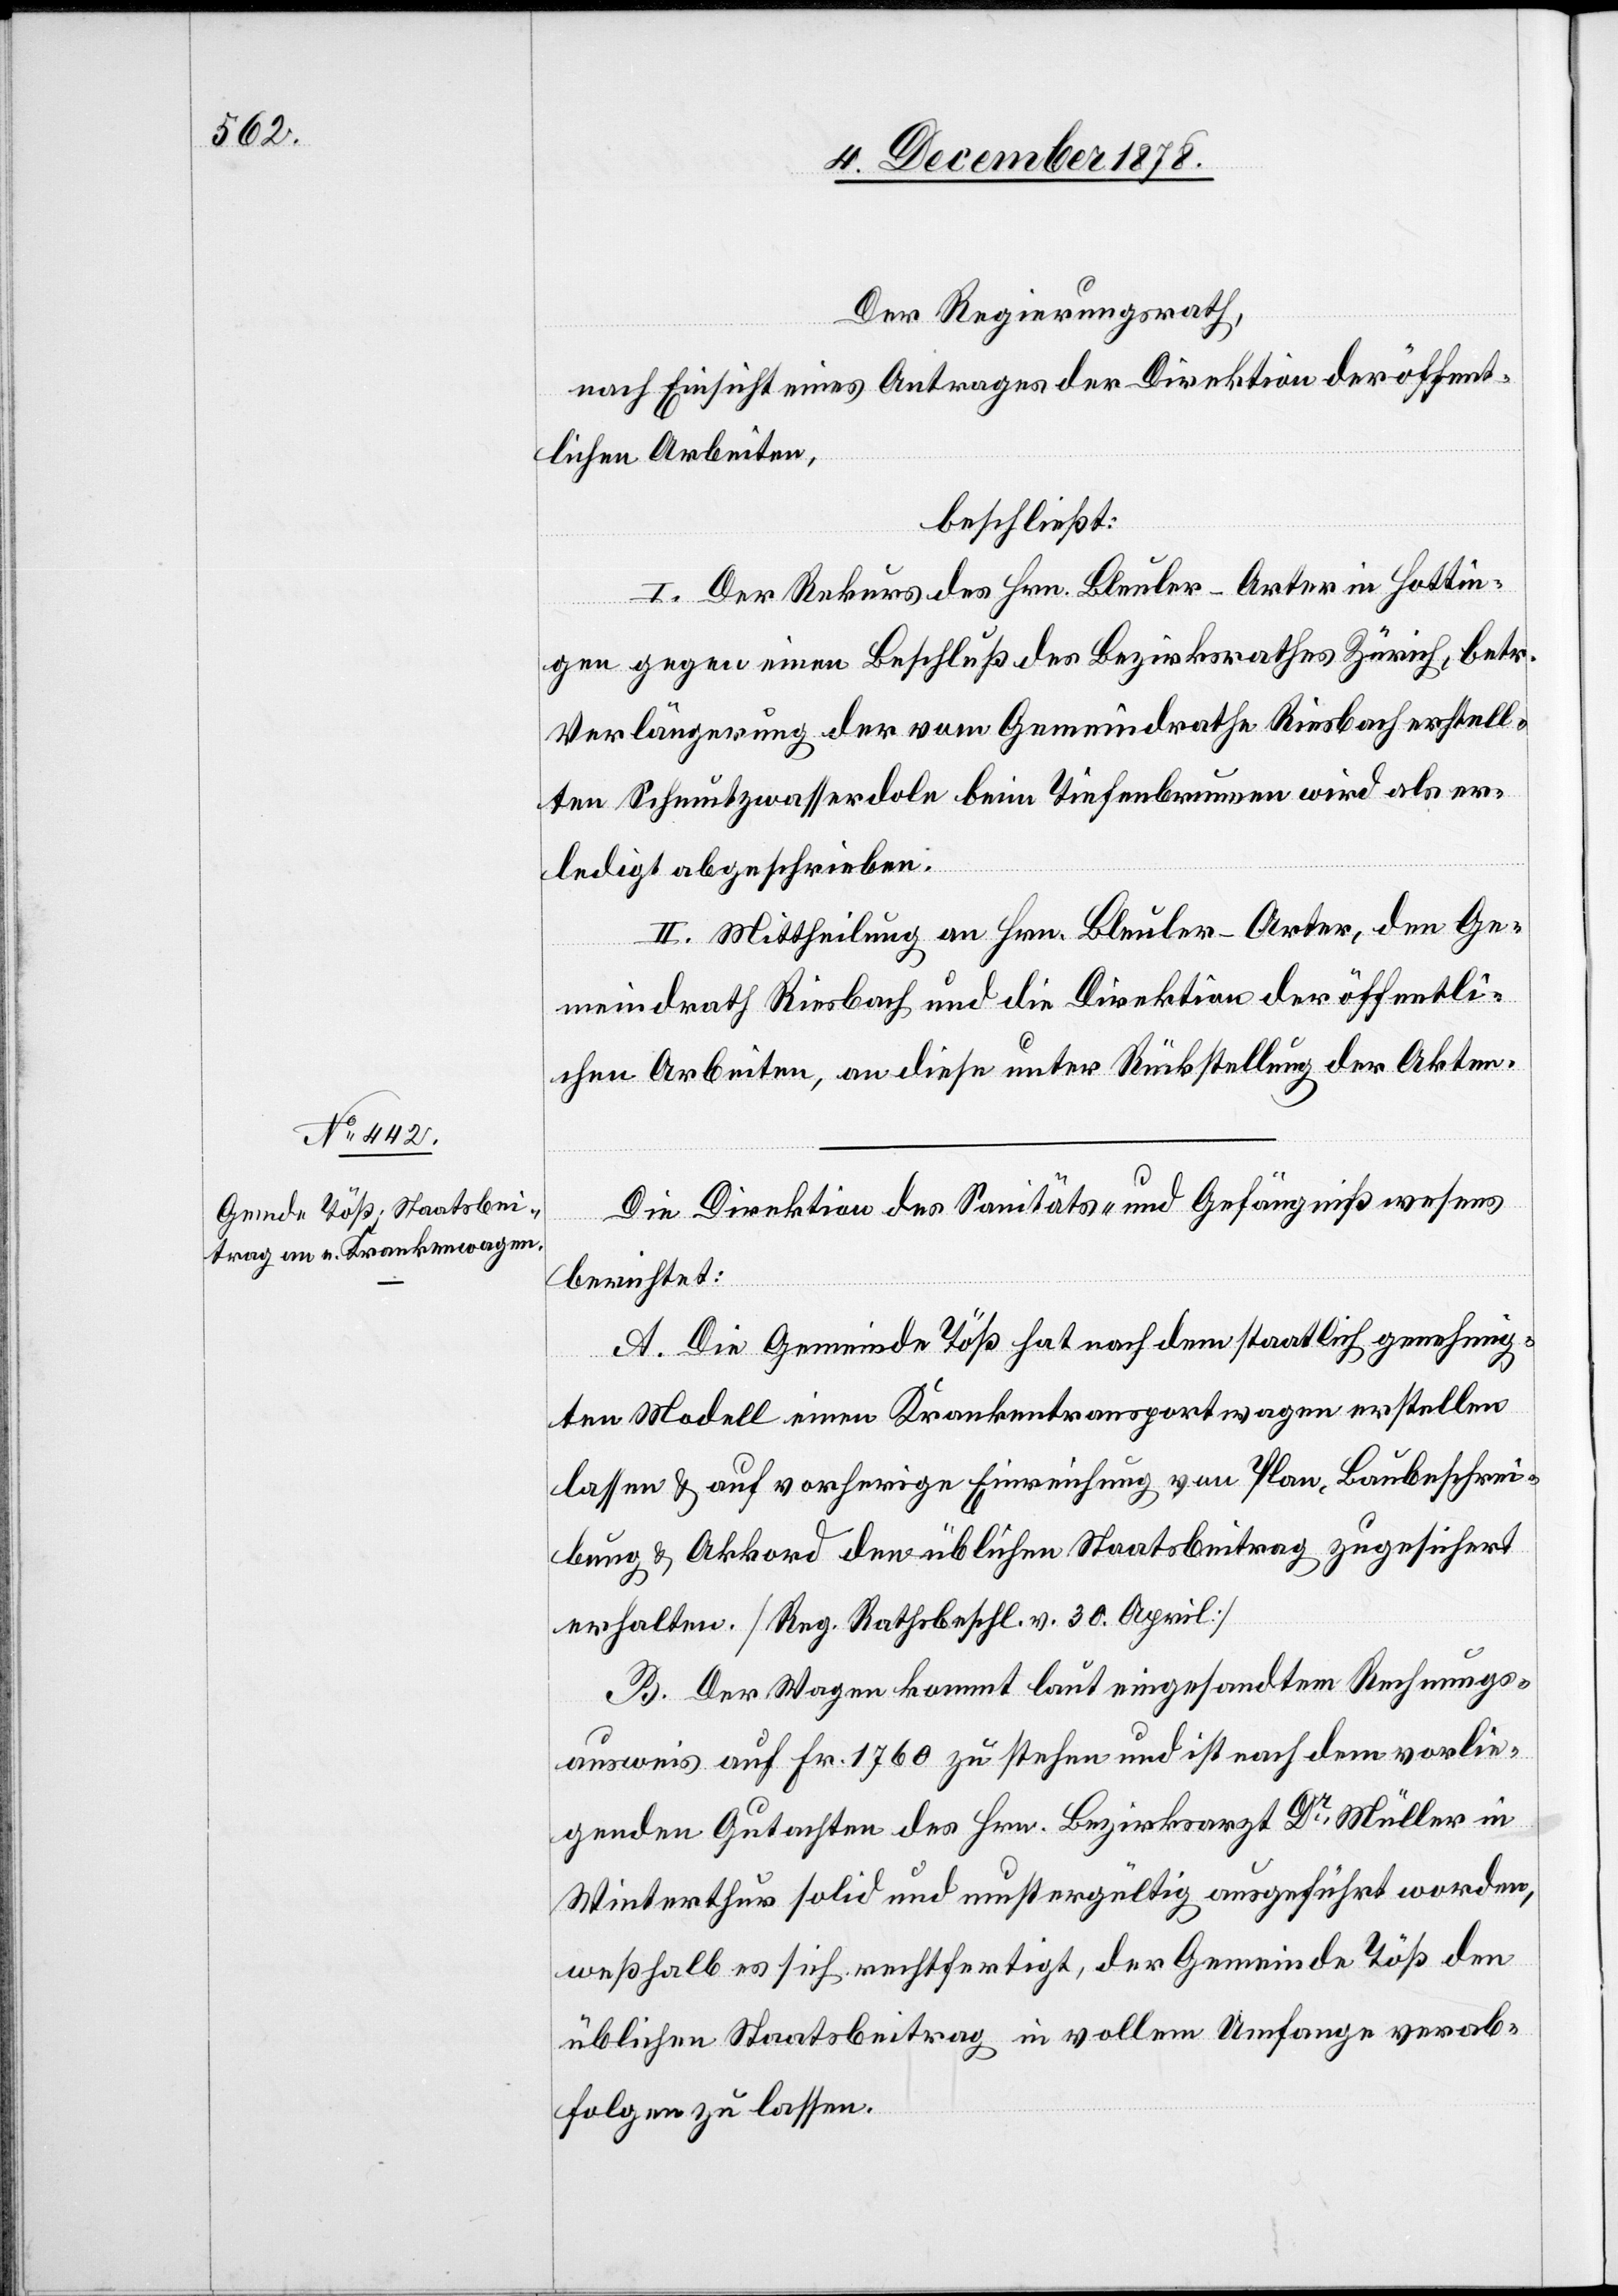
Der Regierungsrath,
nach Einsicht eines Antrages der Direktion der öffent¬
lichen Arbeiten,
beschließt:
I. Der Rekurs des Hrn. Bleuler-Arter in Hottin¬
gen gegen einen Beschluß des Bezirksrathes Zürich, betr.
Verlängerung der vom Gemeindrathe Riesbach erstell¬
ten Schmutzwasserdole beim Tiefenbrunnen wird als er¬
ledigt abgeschrieben.
II. Mittheilung an Hrn. Bleuler-Arter, den Ge¬
meindrath Riesbach und die Direktion der öffentli¬
chen Arbeiten, an diese unter Rückstellung der Akten.
Die Direktion des Sanitäts- & Gefängnißwesens
berichtet:
A. Die Gemeinde Töß hat nach dem staatlich genehmig¬
ten Modell einen Krankentransportwagen erstellen
lassen & auf vorherige Einreichung von Plan, Baubeschrei¬
bung & Akkord den üblichen Staatsbeitrag zugesichert
erhalten. [Reg. Rathsbeschl. v. 30. April]
B. Der Wagen kommt laut eingesandtem Rechnungs¬
ausweis auf Fr. 1760 zu stehen und ist nach dem vorlie¬
genden Gutachten des Hrn. Bezirksrath Dr Müller in
Winterthur solid und mustergültig ausgeführt worden,
weßhalb es sich rechtfertigt, der Gemeinde Töß den
üblichen Staatsbeitrag in vollem Umfange verab¬
folgen zu lassen.